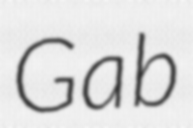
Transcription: Gab